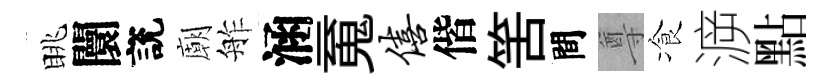
眺闤說廟舴涵䰟僖偕筈間尊飡㴑點